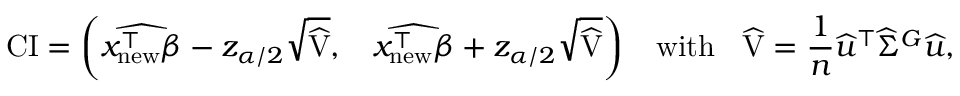
\small \mathrm { C I } = \left( \widehat { x _ { \mathrm { n e w } } ^ { \intercal } \beta } - z _ { \alpha / 2 } \sqrt { \widehat { \mathrm { V } } } , \quad \widehat { x _ { \mathrm { n e w } } ^ { \intercal } \beta } + z _ { \alpha / 2 } \sqrt { \widehat { \mathrm { V } } } \right) \quad \mathrm { w i t h } \quad \widehat { \mathrm { V } } = \frac { 1 } { n } \widehat { u } ^ { \intercal } \widehat { \Sigma } ^ { G } \widehat { u } ,